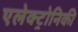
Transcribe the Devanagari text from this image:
एलेक्ट्रोनिकी